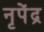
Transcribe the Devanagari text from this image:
नृपेंद्र